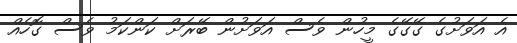
އެ އަވަށުގެ ގޭގޭގެ މީހުން ވެސް އަވަށުން ބޭރަށް ކަންކަމު ވެސް ގޮހެއް